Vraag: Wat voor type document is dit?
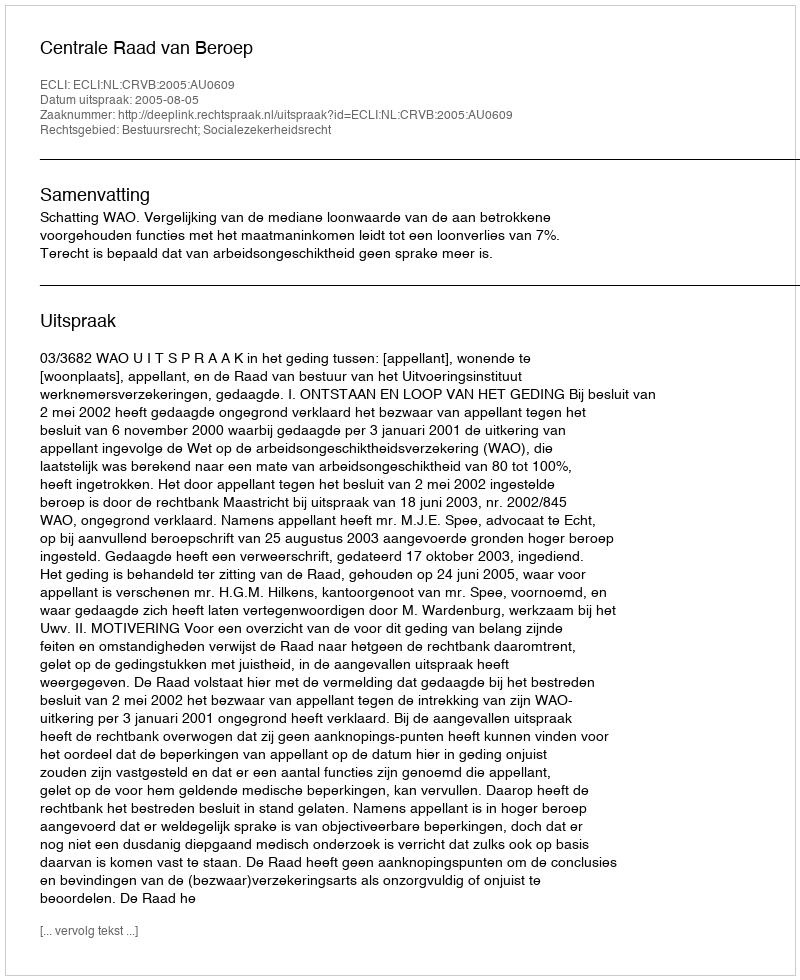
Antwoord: Uitspraak